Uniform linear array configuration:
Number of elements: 24
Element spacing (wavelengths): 1
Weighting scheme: kaiser
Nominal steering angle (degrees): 45
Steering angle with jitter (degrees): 44.208
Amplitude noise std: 0.05
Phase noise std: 0.05

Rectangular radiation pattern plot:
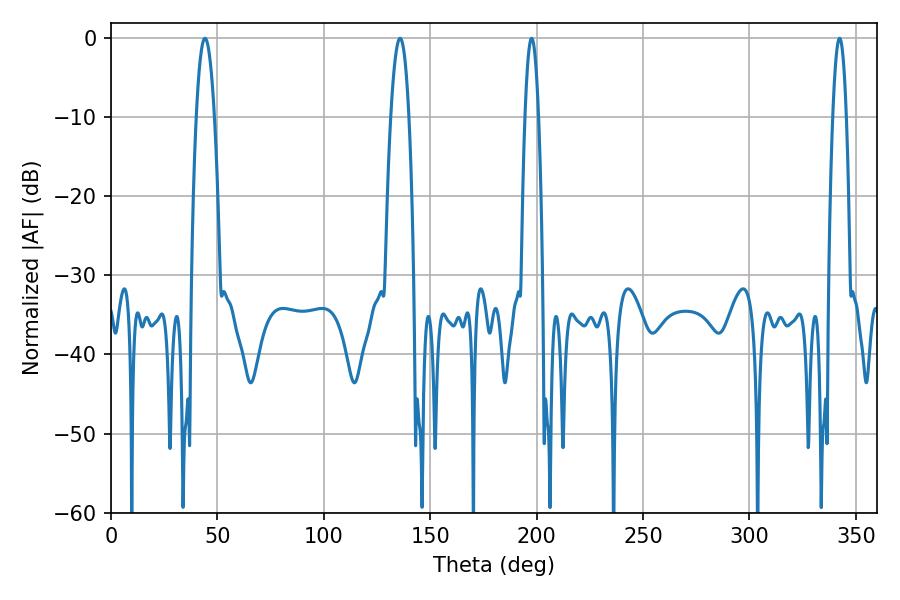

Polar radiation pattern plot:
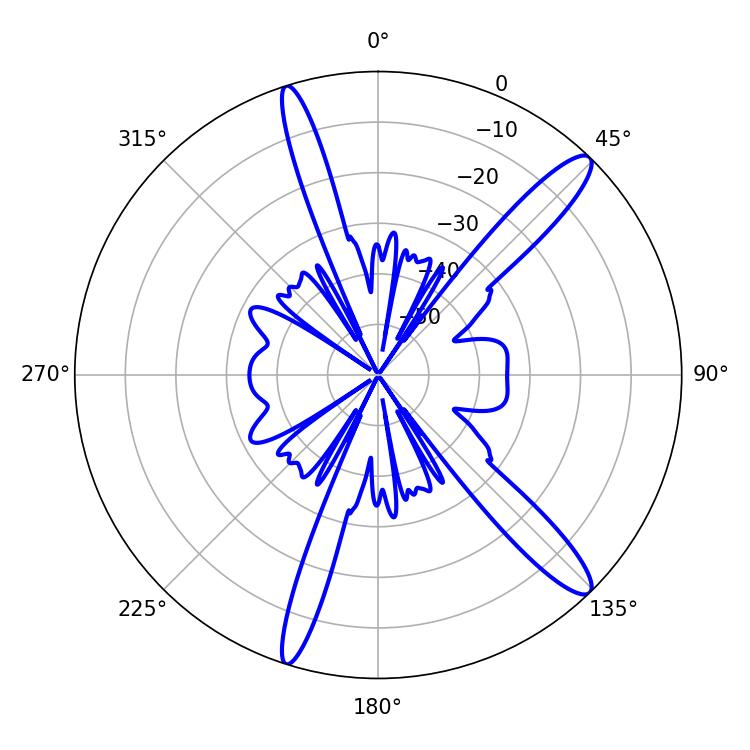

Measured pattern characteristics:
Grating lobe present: TRUE
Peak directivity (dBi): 13.813
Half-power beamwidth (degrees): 3.42
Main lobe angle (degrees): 197.64